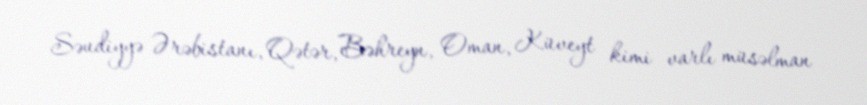
Səudiyyə Ərəbistanı, Qətər, Bəhreyn, Oman, Küveyt kimi varlı müsəlman